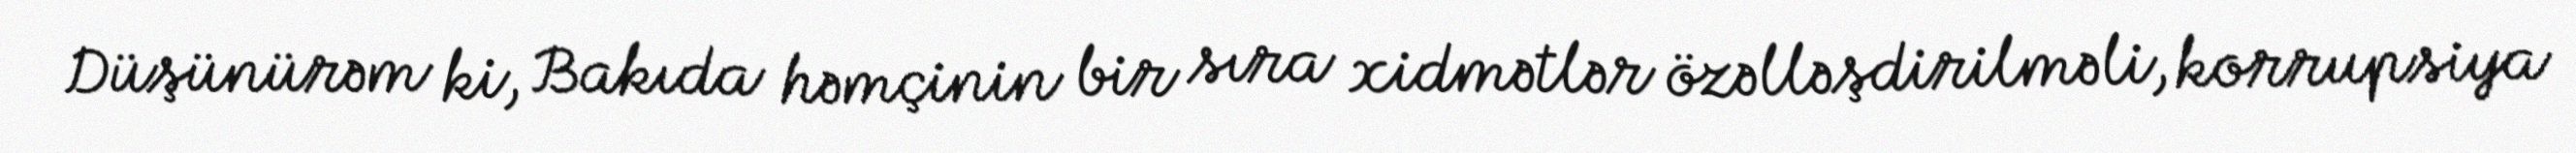
Düşünürəm ki, Bakıda həmçinin bir sıra xidmətlər özəlləşdirilməli, korrupsiya